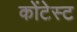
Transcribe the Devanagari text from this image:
कोंटेस्ट